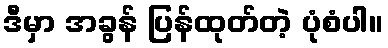
ဒီမှာ အခွန် ပြန်ထုတ်တဲ့ ပုံစံပါ။